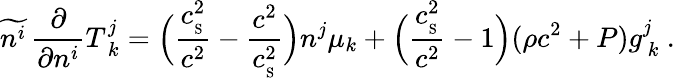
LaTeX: \widetilde{n^{i}}\, {\frac{\partial}{\partial n^{i}}}T_{\ k}^{j}=\Big({\frac{c_{_\mathrm{S}}^{2}}{c^{2}}}-{\frac{c^{2}}{c_{_\mathrm{S}}^{2}}}\Big)n^{j}\mu_{k}+\Big({\frac{c_{_\mathrm{S}}^{2}}{c^{2}}}-1\Big)(\rho c^{2}+P)g_{\ k}^{j}\ .